Lunatic asylums Punjab 1881-1894 - 1881-1894
Year: 1881
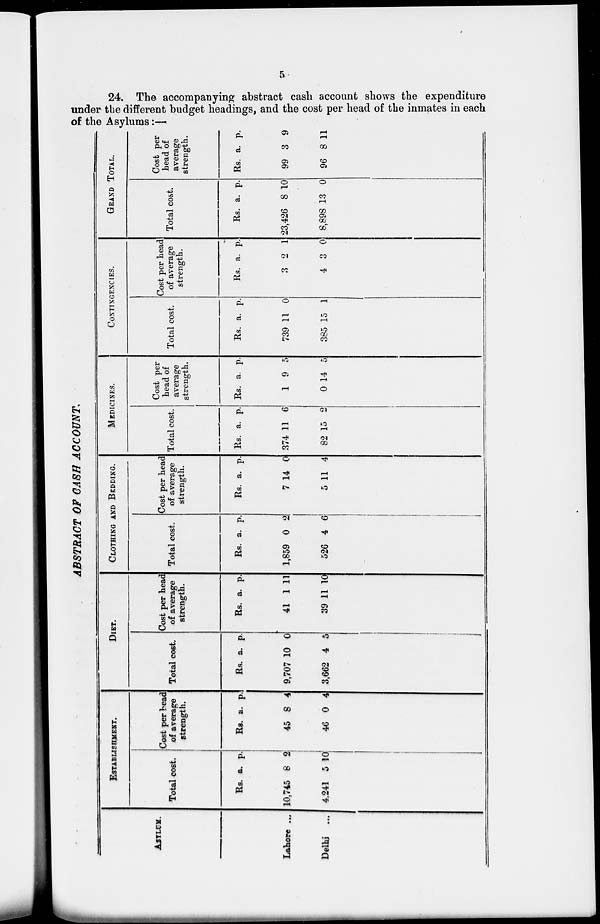
5
24. The accompanying abstract cash account shows the expenditure
under the different budget headings, and the cost per head of the inmates in each
of the Asylums:—
ABSTRACT OF CASH ACCOUNT.
ASYLUM.
Lahore ...
Delhi ...
ESTABLISHMENT.
Total cost.
Rs.
10,745
4,241
a.
8
5
p.
2
10
Cost per head
of average
strength.
Rs.
45
46
a.
8
0
p.
4
4
DIET.
Total cost.
Rs.
9,707
3,662
a.
10
4
p.
0
5
Cost per head
of average
strength.
Rs.
41
39
a.
1
11
p.
11
10
CLOTHING AND BEDDING.
Total cost.
Rs.
1,859
526
a.
0
4
p.
2
6
Cost per head
of average
strength.
Rs.
7
5
a.
14
11
p.
0
4
MEDICINES.
Total cost.
Rs.
374
82
a.
11
15
p.
6
2
Cost per
head of
average
strength.
Rs.
1
0
a.
9
14
p.
5
5
CONTINGENCIES.
Total cost.
Rs.
739
385
a.
11
15
p.
0
1
Cost per head
of average
strength.
Rs.
3
4
a.
2
3
p.
1
0
GRAND TOTAL.
Total cost.
Rs.
23,426
8,898
a.
8
13
p.
10
0
Cost per
head of
average
strength.
Rs.
99
96
a.
3
8
p.
9
11